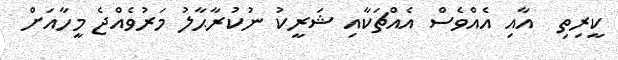
ކީރިތި  އާއި އެއްވެސް އެއްޗަކާއި ޝަރީކު ނުކުރާޙާލު މަރުވެއްޖެ މީހާއަށް